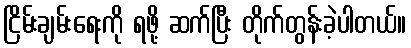
ငြိမ်းချမ်းရေးကို ရဖို့ ဆက်ပြီး တိုက်တွန်းခဲ့ပါတယ်။